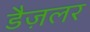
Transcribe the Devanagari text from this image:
डैज़लर